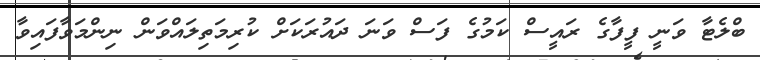
ބްލެޓާ ވަނީ ފީފާގެ ރައީސް ކަމުގެ ފަސް ވަނަ ދައުރަކަށް ކުރިމަތިލައްވަން ނިންމަވާފައިވާ